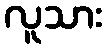
လူသား